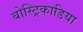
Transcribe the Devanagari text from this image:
बोस्ट्रिकाडिया